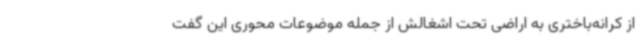
از کرانه‌باختری به اراضی تحت اشغالش از جمله موضوعات محوری این گفت